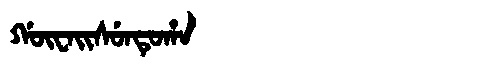
Manchu: ᡤᡡᠸᠠᡳᠰᡠᠨᡨᡠᡥᠠ
Romanization: GŪWAISUNTUHA